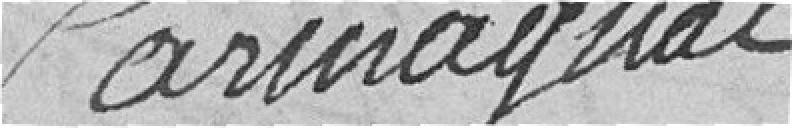
Carmaignac